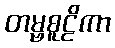
တမ္ဗစူဠိကာ